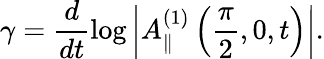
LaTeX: \gamma=\frac{d}{dt}\log\left|A_{\parallel}^{(1)}\left(\frac{\pi}{2},0,t\right)\right|.